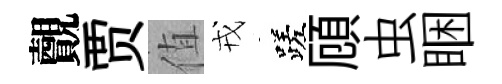
覿贾值戎蹉頋虫睏